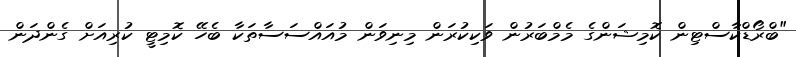
"ބްރޯޑްކާސްޓިން ކޮމިޝަންގެ މެމްބަރުން ވަކިކުރަން މިނިވަން މުއައްސަސާތަކާ ބެހޭ ކޮމިޓީ ކުރިއަށް ގެންދަން